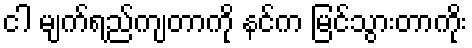
ငါ မျက်ရည်ကျတာကို နင်က မြင်သွားတာကိုး